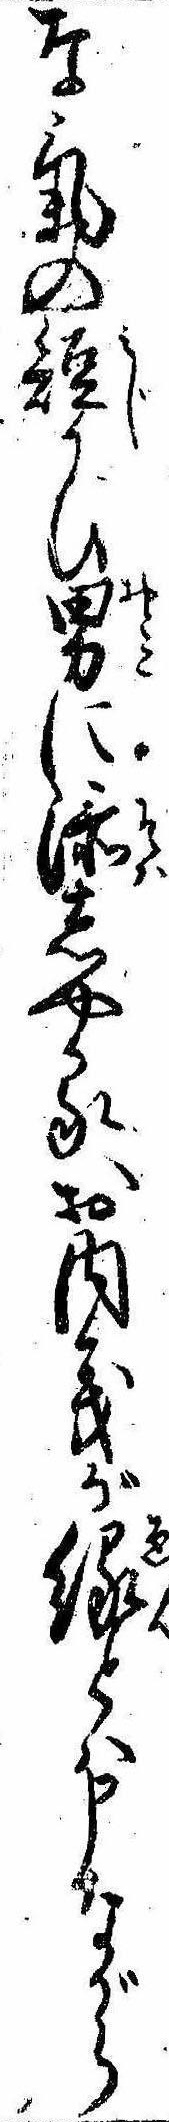
な気の短かひ男に添しやるお内儀が縁とは申ながら